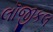
લૉજીકલ